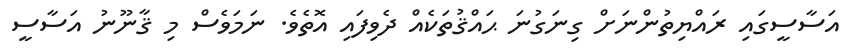
އަސާސީގައި ރައްޔިތުންނަށް ގިނަގުނަ ޙައްޤުތަކެއް ދެވިފައި އޮތެވެ. ނަމަވެސް މި ޤާނޫނު އަސާސީ